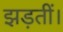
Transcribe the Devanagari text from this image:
झड़तीं।